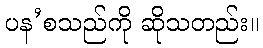
ပန’စသည်ကို ဆိုသတည်း။